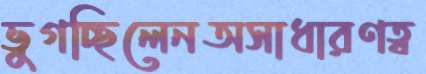
ভুগচ্ছিলেনঅসাধারণত্ব